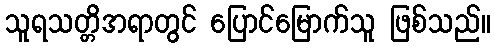
သူရသတ္တိအရာတွင် ပြောင်မြောက်သူ ဖြစ်သည်။